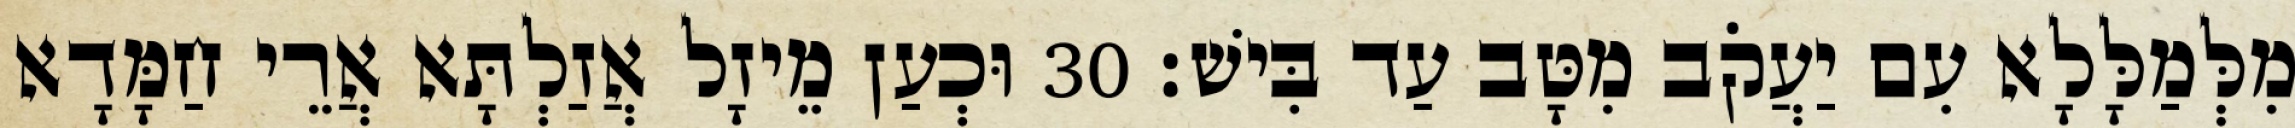
מִלְּמַלָּלָא עִם יַעֲקֹב מִטָּב עַד בִּישׁ׃ 30 וּכְעַן מֵיזָל אֲזַלְתָּא אֲרֵי חַמָּדָא